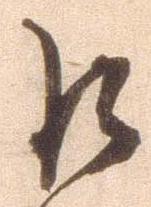
巨